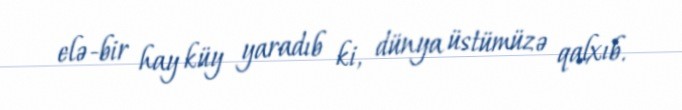
elə-bir hay küy yaradıb ki, dünya üstümüzə qalxıb.